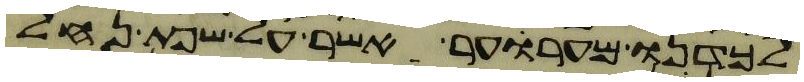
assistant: לכדנו מערער אשר על שפת נחל